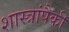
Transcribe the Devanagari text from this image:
शास्त्रांपैकी